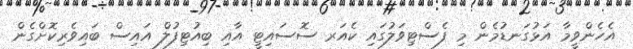
އެހެންވީމާ އަޅުގަނޑުމެން މި ފެސްޓިވަލުގައި ކެއަރ ސޮސައިޓީ އާއި ބިއުޓިފުލް އައިސް ބައިވެރިކޮށްގެން